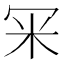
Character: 冞